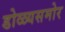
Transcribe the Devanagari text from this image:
डोळ्यसमोर